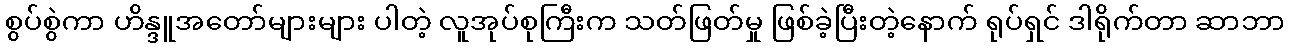
စွပ်စွဲကာ ဟိန္ဒူအတော်များများ ပါတဲ့ လူအုပ်စုကြီးက သတ်ဖြတ်မှု ဖြစ်ခဲ့ပြီးတဲ့နောက် ရုပ်ရှင် ဒါရိုက်တာ ဆာဘာ